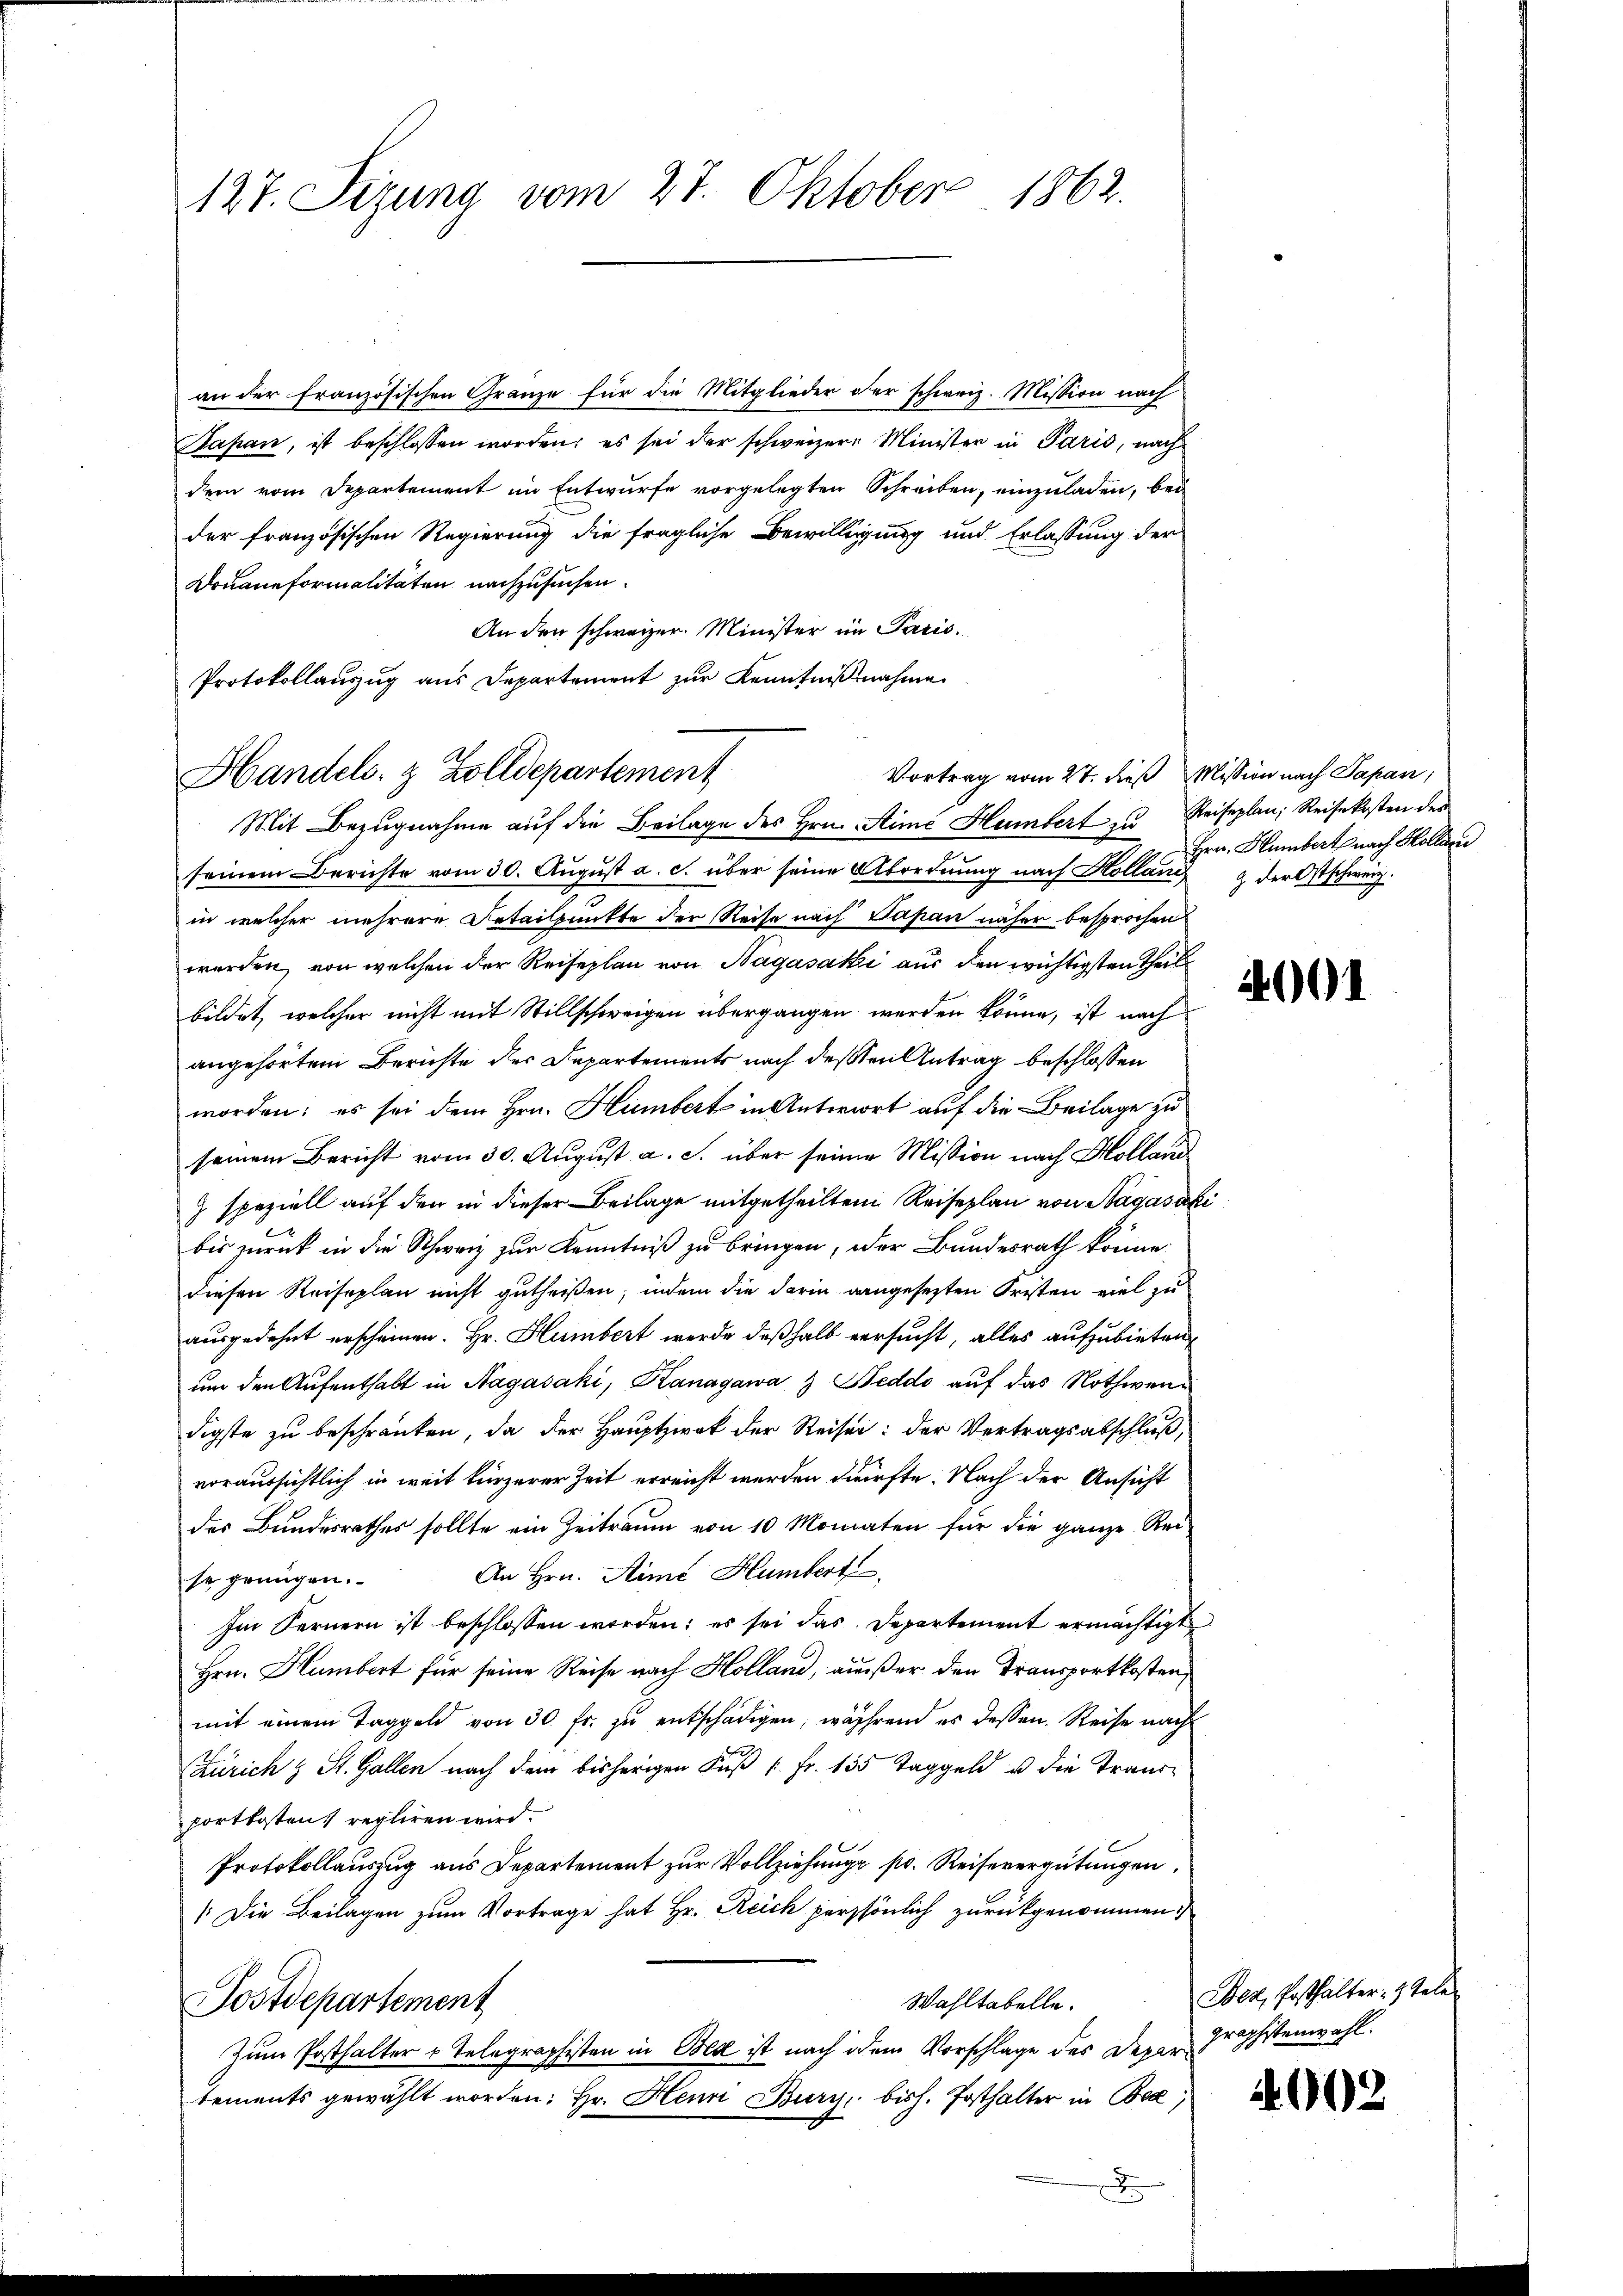
127. Sizung vom 27. Oktober 1862.

an der französischen Granze für die Mitglieder oder schweiz. Mission nach
Sapan, ist beschlossen worden; es sei der schweizer-Minister in Paris, nach
dem vom Departement im Entwurfe vorgelegten Schreiben, einzuladen, bei
der französischen Regierung die fragliche Bewilligung und Erlassung der
Douaneformalitäten nachzusuchen.
An den schweizer. Minister im Paris.
Protokollauszug aus Departement zur Kenntnißnahme

Handels- & Zolldepartement
Vortrag vom 27. dieß Mission nach Papan,

Mit Bezugnahme auf die Beilage des Hrn. Simé Hambert zu Reiseplan, Reisekosten der
seinem Berichte vom 30. August a. c. über seine Abordnung nach Kolland & der Ostschweiz.
in welcher mehrere Detailpunkte der Reise nach Papan näher besprochen
werden, von welchen der Reiseplan von Nagásaki aus den wichtigsten Theil
bildet, welcher nicht mit Stillschweigen übergangen werden könne, ist nach
angehörtem Berichte der Departements nach deßen Antrag beschlossen
worden; es sei dem Hrn. Humbert in Antwort auf die Beilage zu
seinem Bericht vom 30. August a. S. über seiner Mission nach Holland
) speziell auf den in dieser Beilage mitgetheilten Reiseplan von Sagasaki
c
x
bis zurück in die Schweiz zur Kenntniß zu bringen, oder Bundesrath könne.
diesen Reiseplan nicht gutheißen, indem die darin angesezten Fristen viel zu
ausgedehnt erscheinen. Hr. Humbert werde deßhalb versucht, alles aufzubieten,
um den Aufenthalt in Nagasaki, Kanagawa & Beddo auf das Nothwendigste zu beschränken, da der Hauptzwek der Reiser: der Vertragsabschluß,
voraussichtlich in weit kürzerer Zeit erreicht werden dürfte. Nach der Ansicht
des Bundesrathes sollte ein Zeitraum von 10 Monaten für die ganze Rei¬
An Hrn. Stimé Humbert
se genügen.
Im Fernern ist beschlossen worden; es sei das Departement ermächtigt
Hrn. Hambert für seine Reise nach Holland, außer den Transportkosten
mit einem Taggeld von 30. fr. zu entschädigen, während es dessen Reise nach
Zürich & St. Gallen nach dem bisherigen Fuß [Fr. 135 Taggeld u. die Transportkosten, regliren wird.
Protokollauszug aus Departement zur Vollziehung pr. Reisevergütungen
[Die Beilagen zum Vortrage hat Hr. Reich persönlich zurückgenommen:
Wahltabelle.
Postdepartement
Zum Posthalter v Telegraphisten in Bed ist nach dem Vorschlage des Departements gewählt worden: Hr. Henn Burg, bish. Posthalter in Bez
A

Hrn. Humbert nach Holländ

2001

Bez, Posthalters Tele
graphistenwahl.

4002